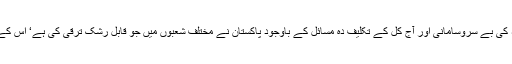
اس پروگرام سے طلبا وطالبات کو 1947ء کی بے سروسامانی اور آج کل کے تکلیف دہ مسائل کے باوجود پاکستان نے مختلف شعبوں میں جو قابلِ رشک ترقی کی ہے‘ اس کے بارے میں بھی بالتفصیل آگاہ کیا جاتا ہے۔